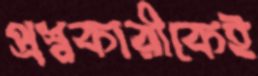
প্রশ্নকারীকেই